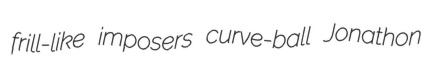
frill-like imposers curve-ball Jonathon